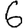
Digit: 6